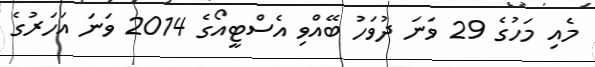
މެއި މަހުގެ 29 ވަނަ ދުވަހު ބޭއްވި އެސްޓީއޯގެ 2014 ވަނަ އަހަރުގެ